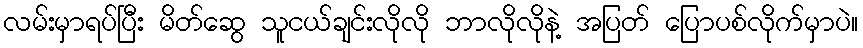
လမ်းမှာရပ်ပြီး မိတ်ဆွေ သူငယ်ချင်းလိုလို ဘာလိုလိုနဲ့ အပြတ် ပြောပစ်လိုက်မှာပဲ။